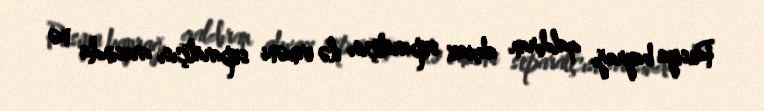
Rusiya bayrağı qaldıran abxaz separatçısı ilə erməni separatçısı arasında nə